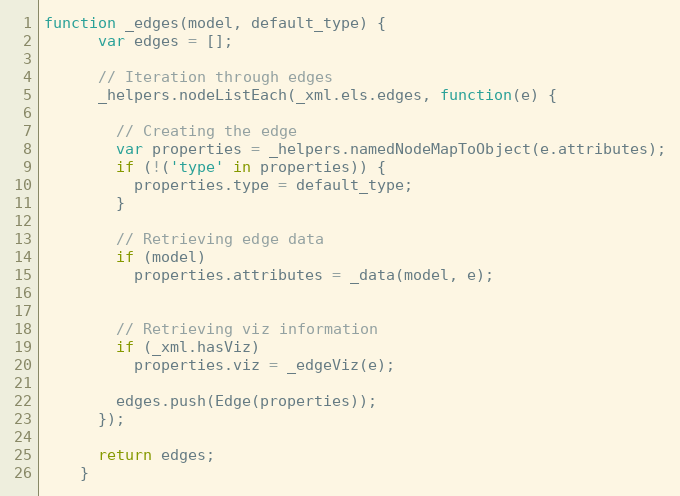
Language: JavaScript
function _edges(model, default_type) {
      var edges = [];

      // Iteration through edges
      _helpers.nodeListEach(_xml.els.edges, function(e) {

        // Creating the edge
        var properties = _helpers.namedNodeMapToObject(e.attributes);
        if (!('type' in properties)) {
          properties.type = default_type;
        }

        // Retrieving edge data
        if (model)
          properties.attributes = _data(model, e);

        // Retrieving viz information
        if (_xml.hasViz)
          properties.viz = _edgeViz(e);

        edges.push(Edge(properties));
      });

      return edges;
    }